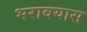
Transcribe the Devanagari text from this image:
भरावयास